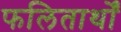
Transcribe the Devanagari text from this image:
फलितार्थों